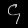
Digit: ၄